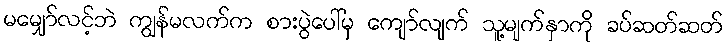
မမျှော်လင့်ဘဲ ကျွန်မလက်က စားပွဲပေါ်မှ ကျော်လျက် သူ့မျက်နှာကို ခပ်ဆတ်ဆတ်